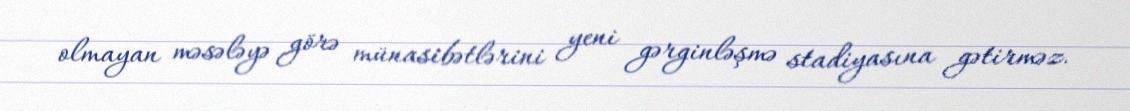
olmayan məsələyə görə münasibətlərini yeni gərginləşmə stadiyasına gətirməz.